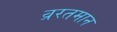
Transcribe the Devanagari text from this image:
व्ररतमान